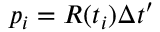
p _ { i } = R ( t _ { i } ) \Delta t ^ { \prime }